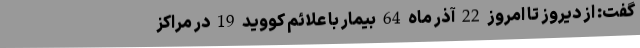
گفت: از دیروز تا امروز 22 آذر ماه 64 بیمار با علائم کووید 19 در مراکز